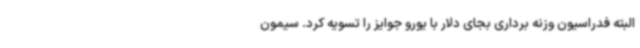
البته فدراسیون وزنه برداری بجای دلار با یورو جوایز را تسویه کرد. سیمون